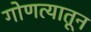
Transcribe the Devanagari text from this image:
गोणत्यातून